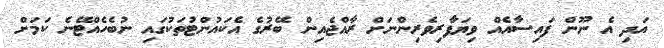
އަދި އެ ނޫން ފައިސާއެއް ވިޔަފާރިވެރިންނަށް ރާއްޖެއިން ބޭރުގެ އެކައުންޓުތަކުގައި ނުބެހެއްޓޭނެ ކަމަށް